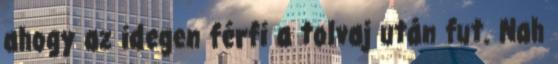
ahogy az idegen férfi a tolvaj után fut. Nah